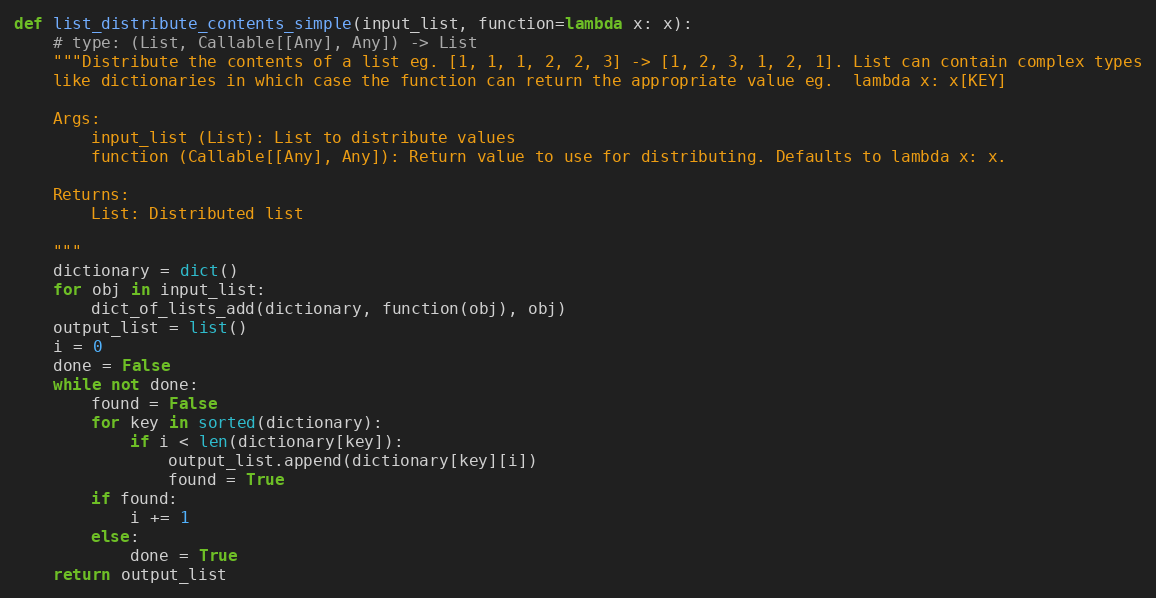
Language: Python
def list_distribute_contents_simple(input_list, function=lambda x: x):
    # type: (List, Callable[[Any], Any]) -> List
    """Distribute the contents of a list eg. [1, 1, 1, 2, 2, 3] -> [1, 2, 3, 1, 2, 1]. List can contain complex types
    like dictionaries in which case the function can return the appropriate value eg.  lambda x: x[KEY]

    Args:
        input_list (List): List to distribute values
        function (Callable[[Any], Any]): Return value to use for distributing. Defaults to lambda x: x.

    Returns:
        List: Distributed list

    """
    dictionary = dict()
    for obj in input_list:
        dict_of_lists_add(dictionary, function(obj), obj)
    output_list = list()
    i = 0
    done = False
    while not done:
        found = False
        for key in sorted(dictionary):
            if i < len(dictionary[key]):
                output_list.append(dictionary[key][i])
                found = True
        if found:
            i += 1
        else:
            done = True
    return output_list